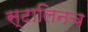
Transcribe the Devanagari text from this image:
स्टालिनच